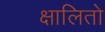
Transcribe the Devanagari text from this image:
क्षालितो